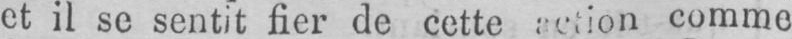
comme